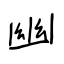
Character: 幽